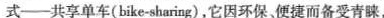
式--共享单车(bike-sharing),它因环保、便捷而备受青睐,